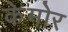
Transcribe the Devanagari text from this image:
केमोर